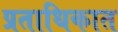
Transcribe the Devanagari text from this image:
प्रताधिकात